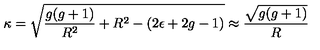
\kappa = \sqrt { { \frac { g ( g + 1 ) } { R ^ { 2 } } } + R ^ { 2 } - ( 2 \epsilon + 2 g - 1 ) } \approx { \frac { \sqrt { g ( g + 1 ) } } { R } }